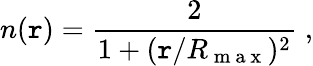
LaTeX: n(\mathtt{r})=\frac{{2}}{{1+(\mathtt{r}/R_{\mathrm{{~m~a~x~}}})^{2}}}\; ,